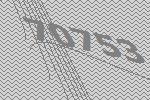
70753